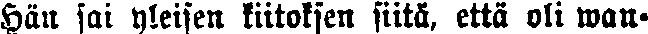
Hän sai yleisen kiitoksen siitä, että oli wan-